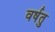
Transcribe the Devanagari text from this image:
वर्षतु